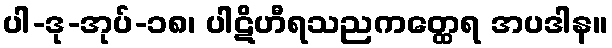
ပါ-ဒု-အုပ်-၁၈၊ ပါဋိဟီရသညကတ္ထေရ အပဒါန။